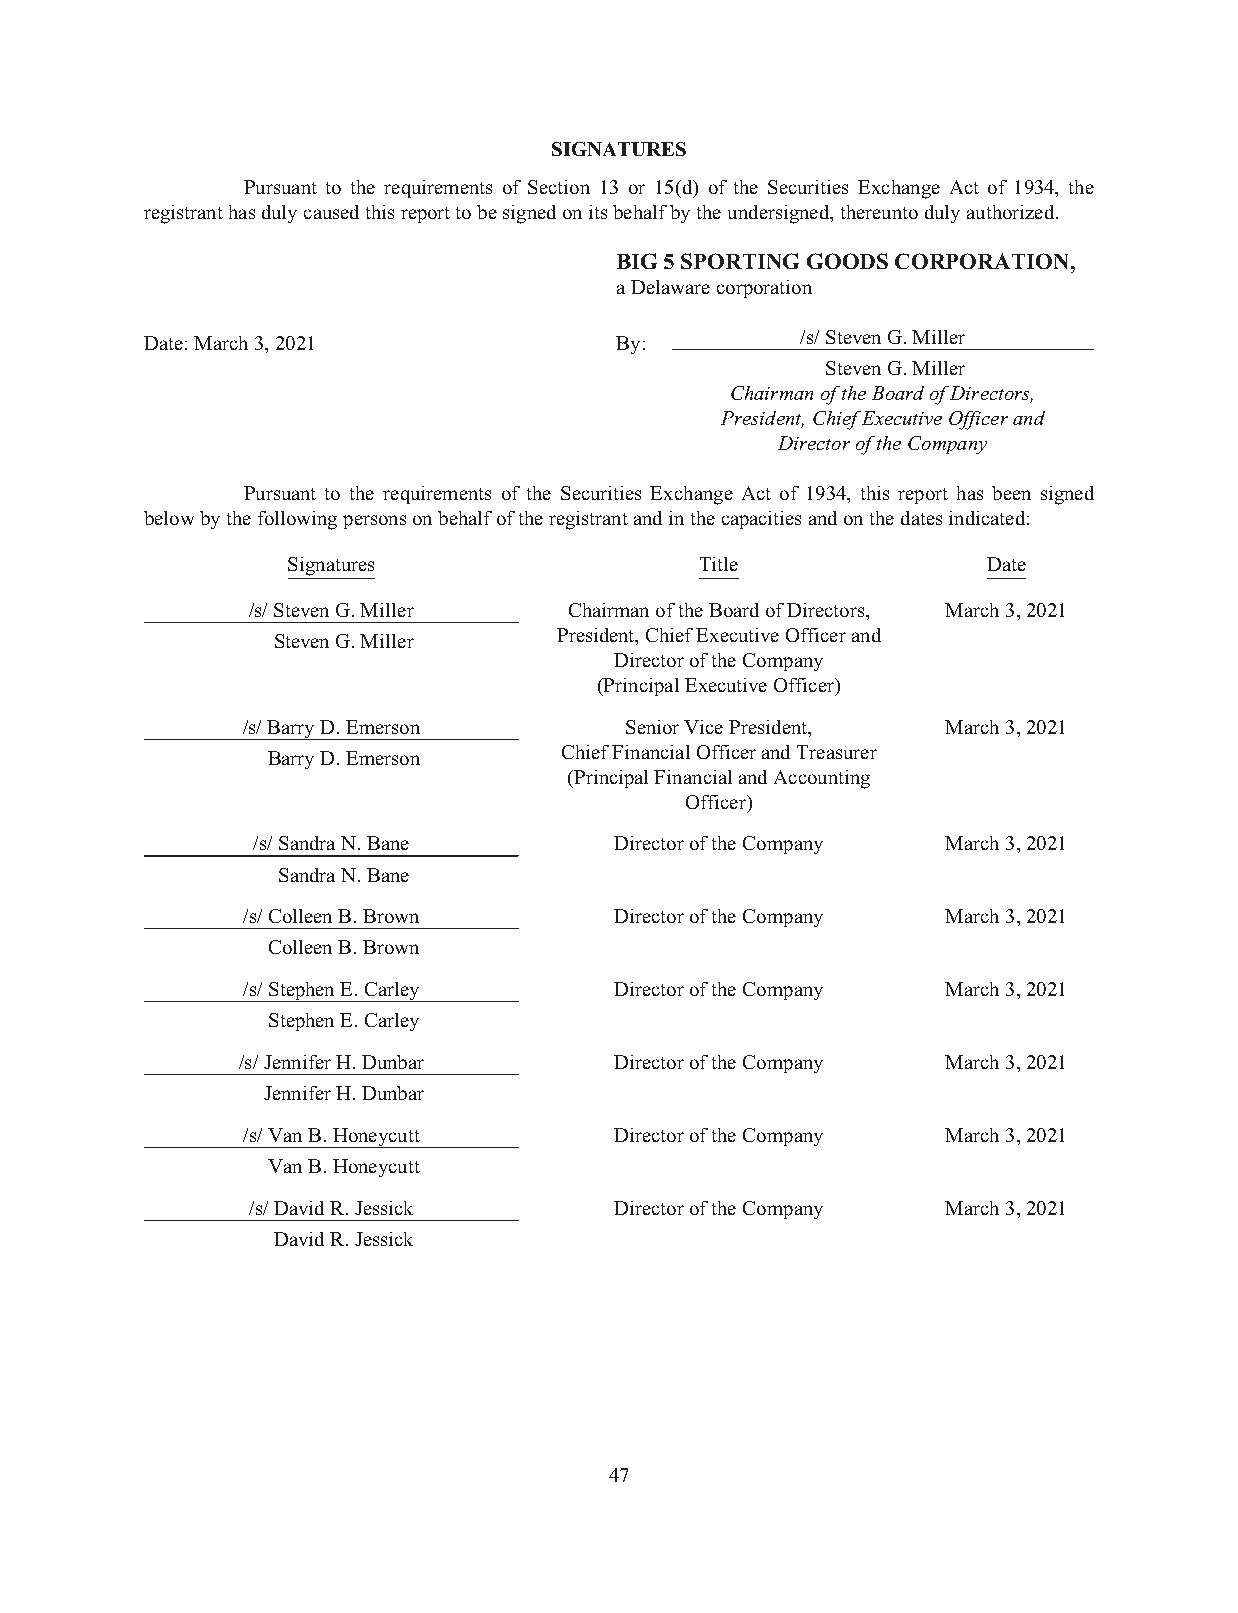
SIGNATURES
 Pursuant to the requirements of Section 13 or 15(d) of the Securities Exchange Act of 1934, the
 registranthasdulycausedthisreporttobesignedonitsbehalfbytheundersigned,thereuntodulyauthorized.
 BIG5SPORTINGGOODSCORPORATION,
 aDelawarecorporation
 Date:March3,2021               By:         /s/StevenG.Miller
 StevenG.Miller
 ChairmanoftheBoardofDirectors,
 President,ChiefExecutiveOfficerand
 DirectoroftheCompany
 Pursuant to the requirements of the Securities Exchange Act of 1934, this report has been signed
 belowbythefollowingpersonsonbehalfoftheregistrantandinthecapacitiesandonthedatesindicated:
 Signatures                 Title              Date
 /s/StevenG.Miller     ChairmanoftheBoardofDirectors, March3,2021
 StevenG.Miller     President,ChiefExecutiveOfficerand
 DirectoroftheCompany
 (PrincipalExecutiveOfficer)
 /s/BarryD.Emerson        SeniorVicePresident,  March3,2021
 BarryD.Emerson     ChiefFinancialOfficerandTreasurer
 (PrincipalFinancialandAccounting
 Officer)
 /s/SandraN.Bane         DirectoroftheCompany  March3,2021
 SandraN.Bane
 /s/ColleenB.Brown        DirectoroftheCompany  March3,2021
 ColleenB.Brown
 /s/StephenE.Carley       DirectoroftheCompany  March3,2021
 StephenE.Carley
 /s/JenniferH.Dunbar      DirectoroftheCompany  March3,2021
 JenniferH.Dunbar
 /s/VanB.Honeycutt        DirectoroftheCompany  March3,2021
 VanB.Honeycutt
 /s/DavidR.Jessick        DirectoroftheCompany  March3,2021
 DavidR.Jessick
 47